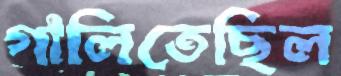
গালিতেছিল